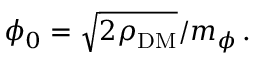
\phi _ { 0 } = \sqrt { 2 \rho _ { \mathrm { D M } } } / m _ { \phi } \, .